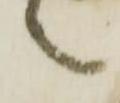
之